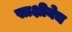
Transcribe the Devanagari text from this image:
साक्षीनेच